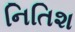
નિતિશ